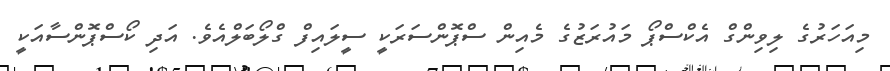
މިއަހަރުގެ ލިވިންގް އެކްސްޕޯ މައުރަޒުގެ މެއިން ސްޕޮންސަރަކީ ސީލައިފް ގްލޯބަލްއެވެ. އަދި ކޯސްޕޮންސާއަކީ